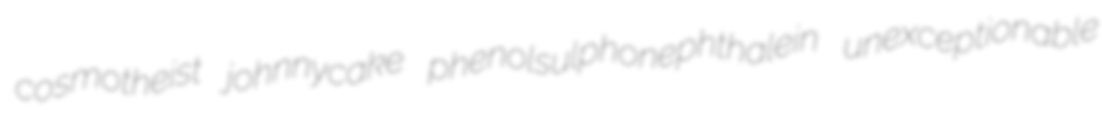
cosmotheist johnnycake phenolsulphonephthalein unexceptionable